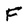
Character: F